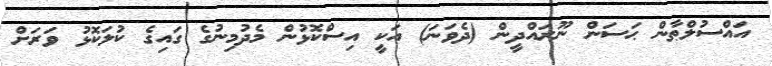
އައްސުލްޠާން ޙަސަން ނޫރައްދީން (ދެވަނަ) އަކީ އިސްކޮޅުން މެދުމިނުގެ ގައިގެ ކުލަކޮޅު ވަރަށް